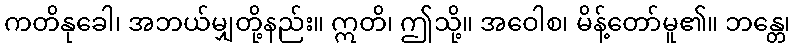
ကတိနုခေါ၊ အဘယ်မျှတို့နည်း။ ဣတိ၊ ဤသို့။ အဝေါစ၊ မိန့်တော်မူ၏။ ဘန္တေ၊